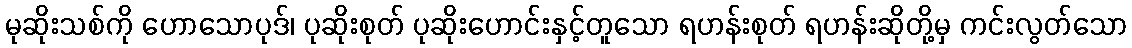
မုဆိုးသစ်ကို ဟောသောပုဒ်၊ ပုဆိုးစုတ် ပုဆိုးဟောင်းနှင့်တူသော ရဟန်းစုတ် ရဟန်းဆိုတို့မှ ကင်းလွတ်သော